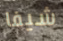
شيفا